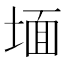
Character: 𭎹